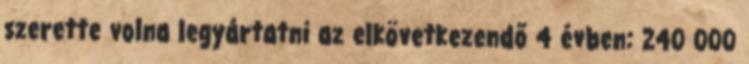
szerette volna legyártatni az elkövetkezendő 4 évben: 240 000